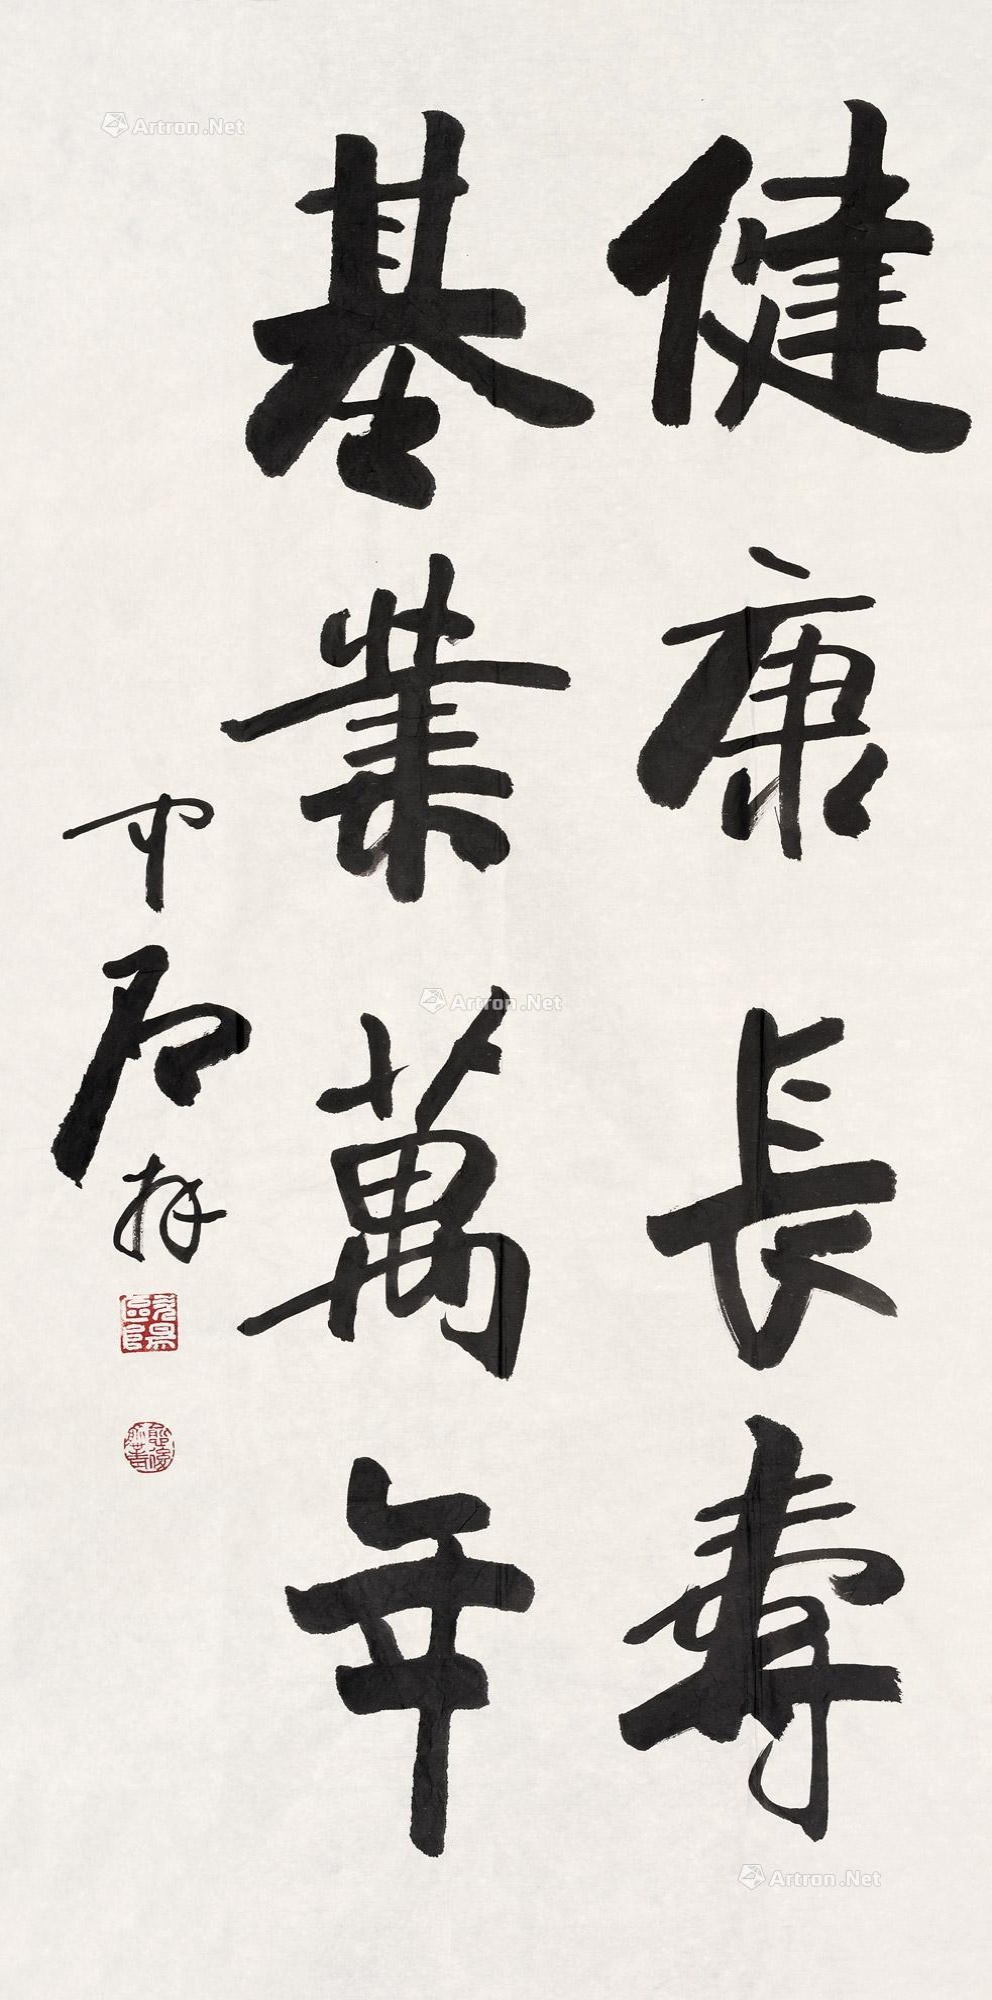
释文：健康长寿、基业万年。中石书。